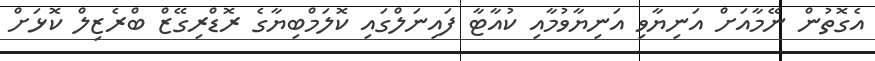
އެގޮތުން ނޭމާއަށް އަނިޔާވި އަނިޔާވުމާއި ކުއާޓާ ފައިނަލްގައި ކޮލަމްބިޔާގެ ރޮޑްރިގޭޒް ބްރެޒިލް ކޮޅަށް